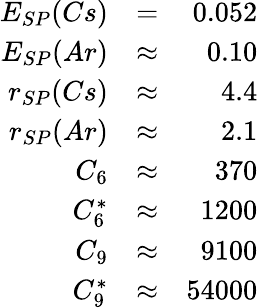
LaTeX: \begin{array}{rlr}{E_{SP}(Cs)}&{=}&{0.052}\\ {E_{SP}(Ar)}&{\approx}&{0.10}\\ {r_{SP}(Cs)}&{\approx}&{4.4}\\ {r_{SP}(Ar)}&{\approx}&{2.1}\\ {C_{6}}&{\approx}&{370}\\ {C_{6}^{*}}&{\approx}&{1200}\\ {C_{9}}&{\approx}&{9100}\\ {C_{9}^{*}}&{\approx}&{54000}\end{array}